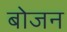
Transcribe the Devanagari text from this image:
बोजन